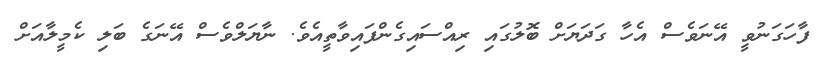
ފާހަގަނުވީ އޭނަވެސް އެހާ ގަދަޔަށް ބޮލުގައި ރިއްސައިގެންފައިވާތީއެވެ. ނާޔަލްވެސް އޭނަގެ ބަލި ކެމީލާއަށް